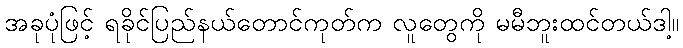
အခုပုံဖြင့် ရခိုင်ပြည်နယ်တောင်ကုတ်က လူတွေကို မမီဘူးထင်တယ်ဒါ့။